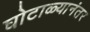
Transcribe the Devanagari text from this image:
घोटाळ्यानंतर